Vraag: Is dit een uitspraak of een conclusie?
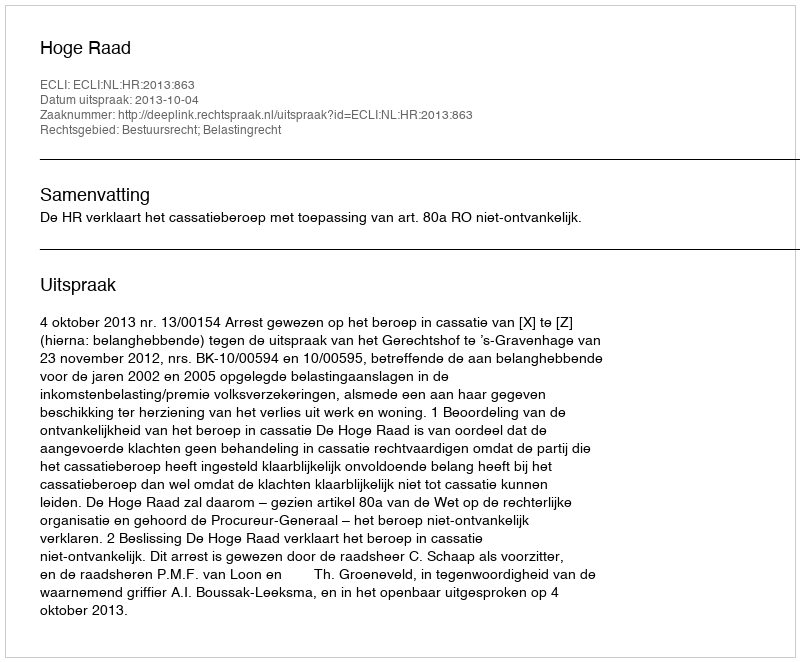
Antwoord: Uitspraak